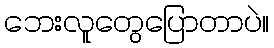
ဘေးလူတွေပြောတာပဲ။